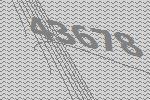
43678